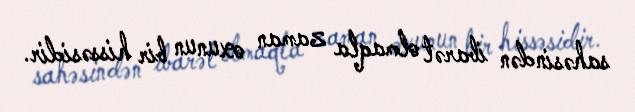
sahəsindən ibarət olmaqla zaman oxunun bir hissəsidir.